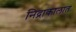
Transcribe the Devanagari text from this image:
निद्राकालात